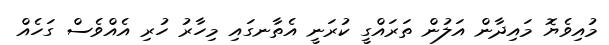
މުއިވެޔޮ މައިދާން އަލުން ތަރައްގީ ކުރަނީ އެތާނގައި މިހާރު ހުރި އެއްވެސް ގަހެއް